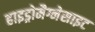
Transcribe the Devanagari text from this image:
हाइड्रोमैग्नेसाइट